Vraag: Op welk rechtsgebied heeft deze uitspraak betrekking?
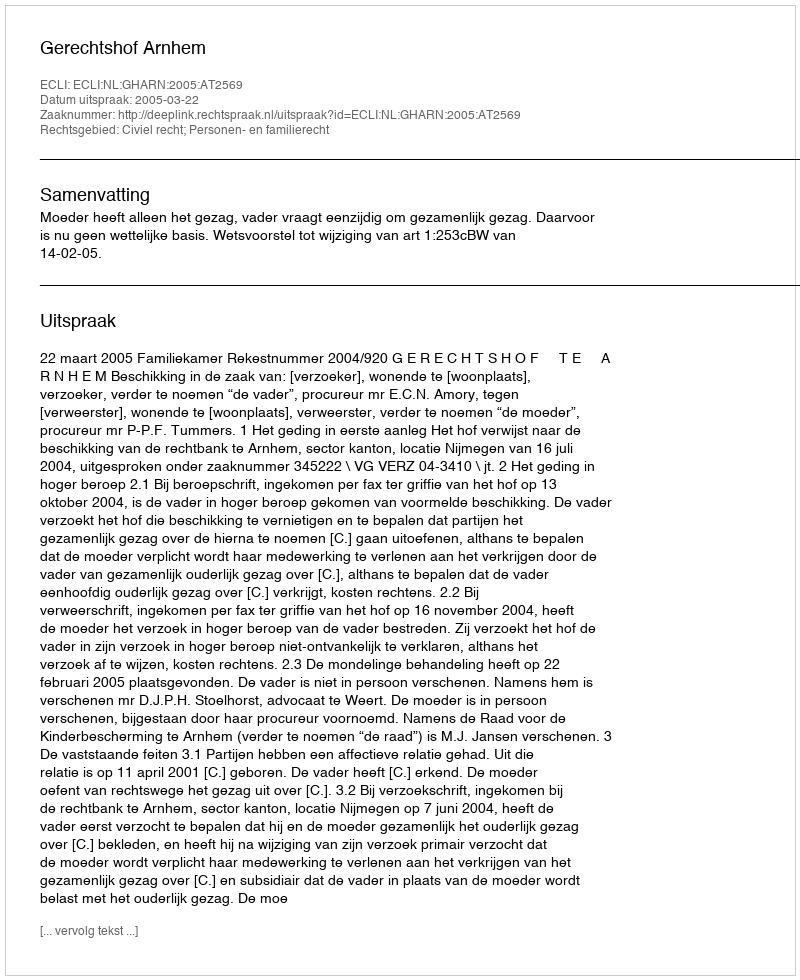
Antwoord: Civiel recht; Personen- en familierecht